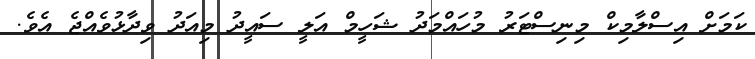
ކަމަށް އިސްލާމިކް މިނިސްޓަރު މުހައްމަދު ޝަހީމް އަލީ ސައީދު މިއަދު ވިދާޅުވެއްޖެ އެވެ.